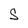
Character: S